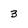
Character: 3